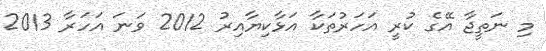
މި ނަތީޖާ އޭގެ ކުރީ އަހަރުތަކާ އަޅާކިޔާއިރު 2012 ވަނަ އަހަރާ 2013